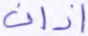
آذان